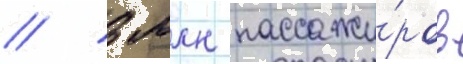
/ 3 млн пассажи́ров